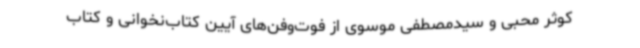
کوثر محبی و سیدمصطفی موسوی از فوت‌وفن‌های آیین کتاب‌نخوانی و کتاب